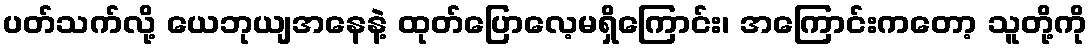
ပတ်သက်လို့ ယေဘုယျအနေနဲ့ ထုတ်ပြောလေ့မရှိကြောင်း၊ အကြောင်းကတော့ သူတို့ကို